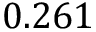
0 . 2 6 1